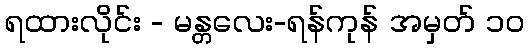
ရထားလိုင်း - မန္တလေး-ရန်ကုန် အမှတ် ၁၀